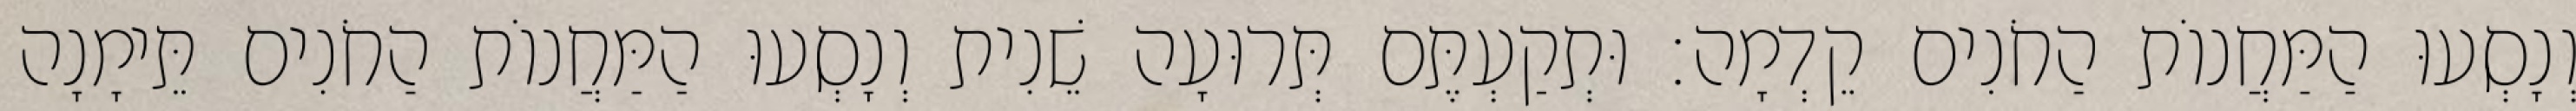
וְנָסְעוּ הַמַּחֲנוֹת הַחֹנִים קֵדְמָה׃ וּתְקַעְתֶּם תְּרוּעָה שֵׁנִית וְנָסְעוּ הַמַּחֲנוֹת הַחֹנִים תֵּימָנָה